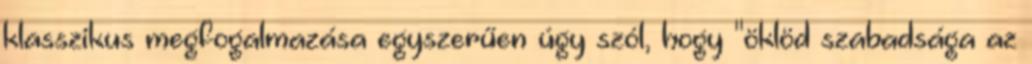
klasszikus megfogalmazása egyszerűen úgy szól, hogy "öklöd szabadsága az